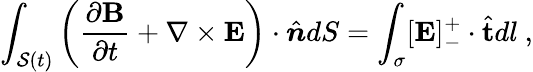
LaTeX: \int_{\mathcal{S}(t)}\left(\frac{\partial\mathbf{B}}{\partial t}+\mathbf{\nabla}\times\mathbf{E}\right)\cdot\hat{\boldsymbol{n}}dS=\int_{\sigma}[\mathbf{E}]_{-}^{+}\cdot\hat{\mathbf{t}}dl~,